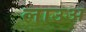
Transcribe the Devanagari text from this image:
लाउअ